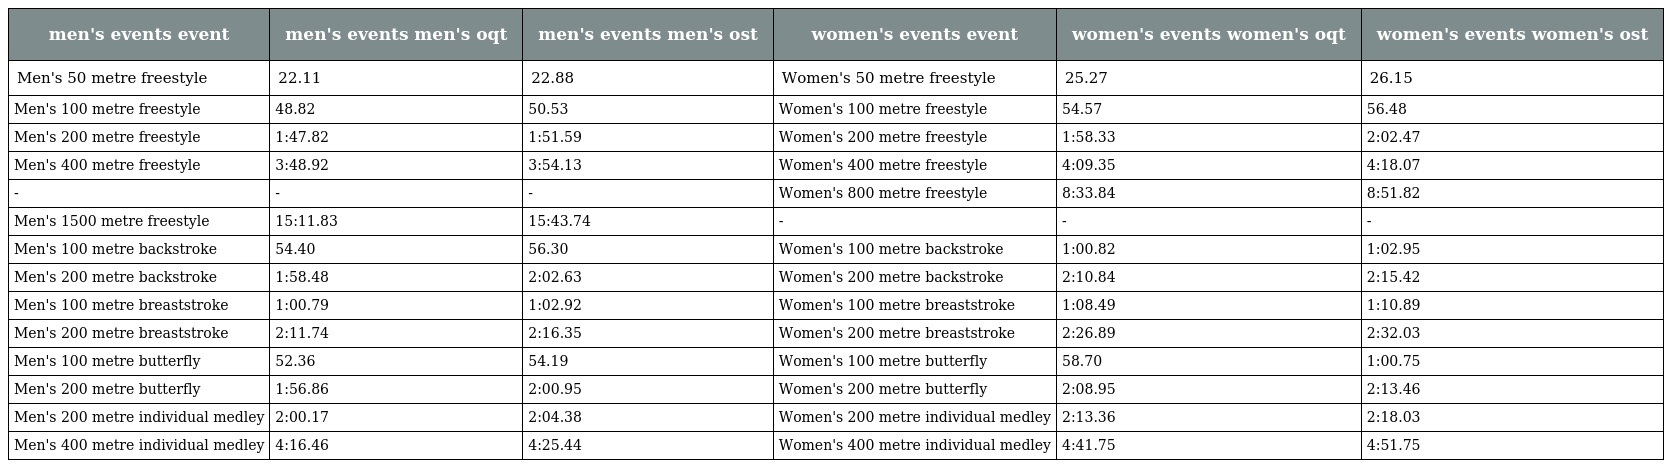
| men's events event | men's events men's oqt | men's events men's ost | women's events event | women's events women's oqt | women's events women's ost |
 | --- | --- | --- | --- | --- | --- |
 | Men's 50 metre freestyle | 22.11 | 22.88 | Women's 50 metre freestyle | 25.27 | 26.15 |
 | Men's 100 metre freestyle | 48.82 | 50.53 | Women's 100 metre freestyle | 54.57 | 56.48 |
 | Men's 200 metre freestyle | 1:47.82 | 1:51.59 | Women's 200 metre freestyle | 1:58.33 | 2:02.47 |
 | Men's 400 metre freestyle | 3:48.92 | 3:54.13 | Women's 400 metre freestyle | 4:09.35 | 4:18.07 |
 | - | - | - | Women's 800 metre freestyle | 8:33.84 | 8:51.82 |
 | Men's 1500 metre freestyle | 15:11.83 | 15:43.74 | - | - | - |
 | Men's 100 metre backstroke | 54.40 | 56.30 | Women's 100 metre backstroke | 1:00.82 | 1:02.95 |
 | Men's 200 metre backstroke | 1:58.48 | 2:02.63 | Women's 200 metre backstroke | 2:10.84 | 2:15.42 |
 | Men's 100 metre breaststroke | 1:00.79 | 1:02.92 | Women's 100 metre breaststroke | 1:08.49 | 1:10.89 |
 | Men's 200 metre breaststroke | 2:11.74 | 2:16.35 | Women's 200 metre breaststroke | 2:26.89 | 2:32.03 |
 | Men's 100 metre butterfly | 52.36 | 54.19 | Women's 100 metre butterfly | 58.70 | 1:00.75 |
 | Men's 200 metre butterfly | 1:56.86 | 2:00.95 | Women's 200 metre butterfly | 2:08.95 | 2:13.46 |
 | Men's 200 metre individual medley | 2:00.17 | 2:04.38 | Women's 200 metre individual medley | 2:13.36 | 2:18.03 |
 | Men's 400 metre individual medley | 4:16.46 | 4:25.44 | Women's 400 metre individual medley | 4:41.75 | 4:51.75 |